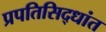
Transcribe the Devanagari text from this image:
प्रपतिसिद्धांत